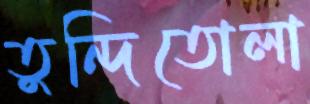
তুন্দিতোলা